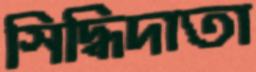
সিদ্ধিদাতা